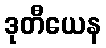
ဒုတီယေန